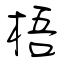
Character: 梧